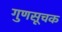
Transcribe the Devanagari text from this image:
गुणसूचक